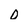
Character: D